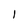
Character: l